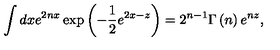
\int d x e ^ { 2 n x } \exp \left( - \frac { 1 } { 2 } e ^ { 2 x - z } \right) = 2 ^ { n - 1 } \Gamma \left( n \right) e ^ { n z } ,